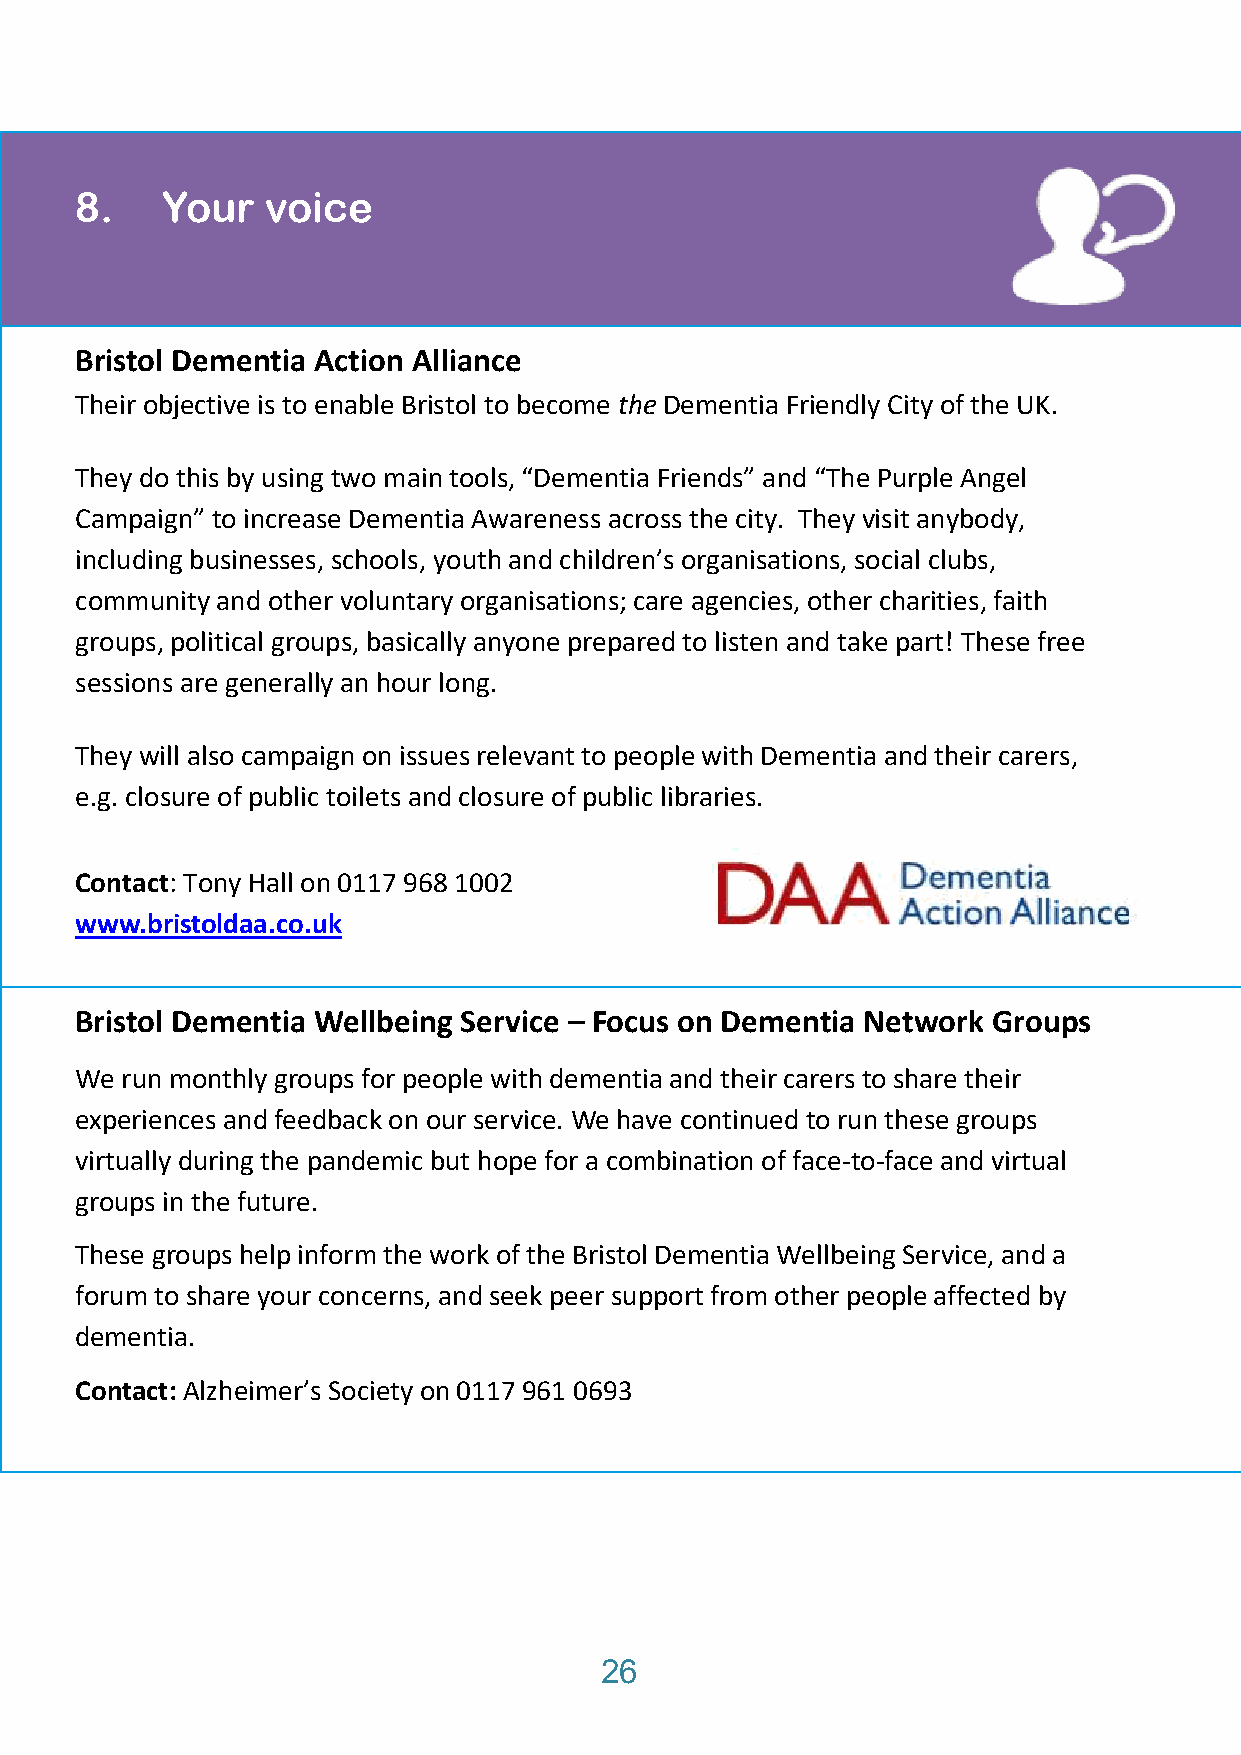
8.    Your   voice
 Bristol Dementia Action Alliance
 Their objective is to enable Bristol to become the Dementia Friendly City of the UK.
 They do this by using two main tools, “Dementia Friends” and “The Purple Angel
 Campaign” to increase Dementia Awareness across the city. They visit anybody,
 including businesses, schools, youth and children’s organisations, social clubs,
 community and other voluntary organisations; care agencies, other charities, faith
 groups, political groups, basically anyone prepared to listen and take part! These free
 sessions are generally an hour long.
 They will also campaign on issues relevant to people with Dementia and their carers,
 e.g. closure of public toilets and closure of public libraries.
 Contact: Tony Hall on 0117 968 1002
 www.bristoldaa.co.uk
 Bristol Dementia Wellbeing Service – Focus on Dementia Network Groups
 We run monthly groups for people with dementia and their carers to share their
 experiences and feedback on our service. We have continued to run these groups
 virtually during the pandemic but hope for a combination of face-to-face and virtual
 groups in the future.
 These groups help inform the work of the Bristol Dementia Wellbeing Service, and a
 forum to share your concerns, and seek peer support from other people affected by
 dementia.
 Contact: Alzheimer’s Society on 0117 961 0693
 26